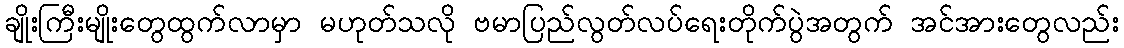
ချိုးကြီးမျိုးတွေထွက်လာမှာ မဟုတ်သလို ဗမာပြည်လွတ်လပ်ရေးတိုက်ပွဲအတွက် အင်အားတွေလည်း